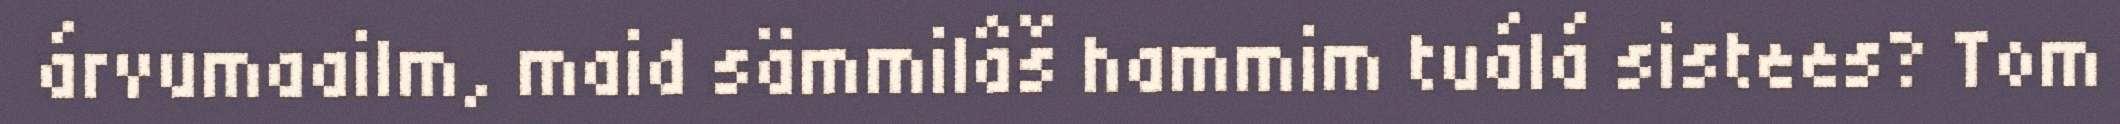
árvumaailm, maid sämmilâš hammim tuálá sistees? Tom